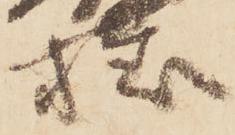
様